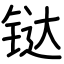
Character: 𫟼